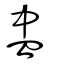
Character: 盅